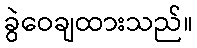
ခွဲဝေချထားသည်။